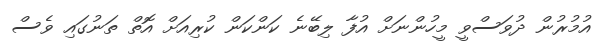
އުމުރުން ދުވަސްވީ މީހުންނަށް އުފާ ލިބޭނެ ކަންކަން ކުރިއަށް އޮތް ތަނުގައި ވެސް